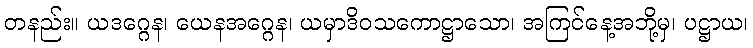
တနည်း။ ယဒဂ္ဂေန၊ ယေနအဂ္ဂေန၊ ယမှာဒိဝသကောဋ္ဌာသော၊ အကြင်နေ့အဘို့မှ၊ ပဋ္ဌာယ၊